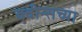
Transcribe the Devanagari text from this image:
क्वीन्सच्या